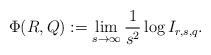
LaTeX: \begin{align*} \Phi(R,Q):=\lim_{s\to\infty}\frac{1}{s^2}\log I_{r,s,q}.\end{align*}